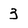
Character: 3